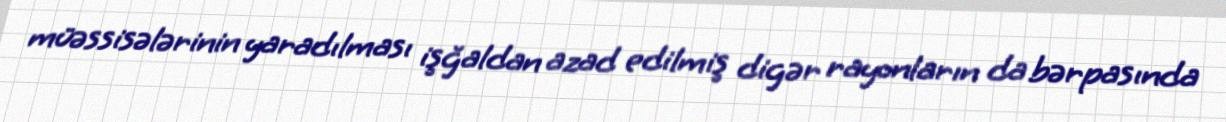
müəssisələrinin yaradılması işğaldan azad edilmiş digər rayonların da bərpasında